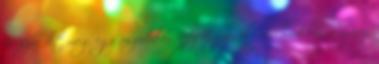
erőszakolt meg egy uszodában. Az Egyesül Államokban a nyáron